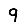
Digit: 9